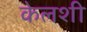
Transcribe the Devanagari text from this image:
केलशी